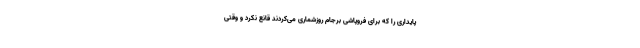
پایداری را که برای فروپاشی برجام روزشماری می‌کردند قانع نکرد و وقتی